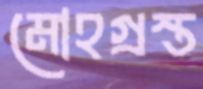
মোহগ্রস্ত